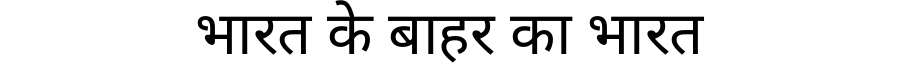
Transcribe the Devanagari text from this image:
भारत के बाहर का भारत